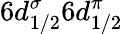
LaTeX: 6d_{1/2}^{\sigma}6d_{1/2}^{\pi}